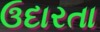
ઉદારતા